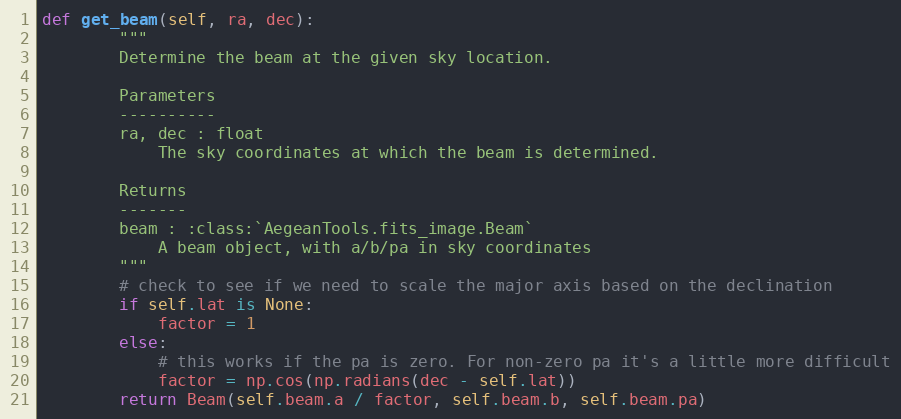
Language: Python
def get_beam(self, ra, dec):
        """
        Determine the beam at the given sky location.

        Parameters
        ----------
        ra, dec : float
            The sky coordinates at which the beam is determined.

        Returns
        -------
        beam : :class:`AegeanTools.fits_image.Beam`
            A beam object, with a/b/pa in sky coordinates
        """
        # check to see if we need to scale the major axis based on the declination
        if self.lat is None:
            factor = 1
        else:
            # this works if the pa is zero. For non-zero pa it's a little more difficult
            factor = np.cos(np.radians(dec - self.lat))
        return Beam(self.beam.a / factor, self.beam.b, self.beam.pa)